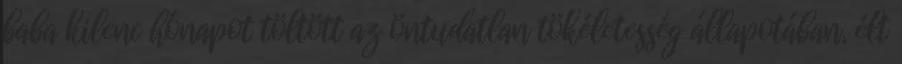
baba kilenc hónapot töltött az öntudatlan tökéletesség állapotában, élt